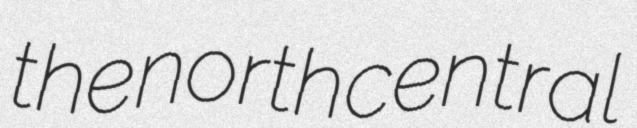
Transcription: the north central